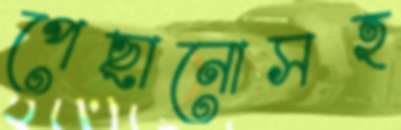
পেছানোসহ